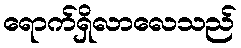
ရောက်ရှိလာလေသည်